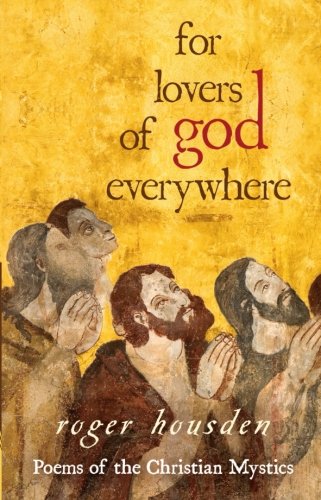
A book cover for For Lovers of God Everywhere: Poems of the Christian Mystics; Roger Housden; Christian Books & Bibles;